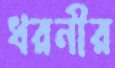
ধরনীর